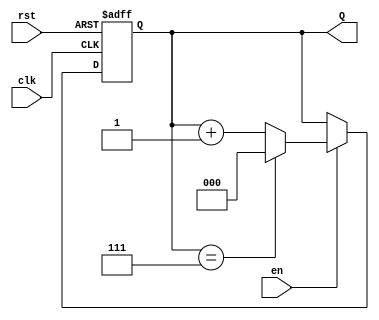
module UpCounter (
    input wire clk,       // Clock signal
    input wire en,        // Enable signal
    input wire rst,       // Asynchronous reset signal
    output reg [N-1:0] Q  // Count output (N bits)
);

// Parameter for the maximum count value
parameter MAX_COUNT = 7; // This sets the counter to be a 3-bit counter (0-7)
localparam N = $clog2(MAX_COUNT + 1); // Calculate number of bits needed

// Asynchronous reset and counter logic
always @(posedge clk or posedge rst) begin
    if (rst) begin
        Q <= 0; // Reset counter to zero
    end else if (en) begin
        if (Q == MAX_COUNT) begin
            Q <= 0; // Wrap around to zero
        end else begin
            Q <= Q + 1; // Increment counter
        end
    end
    // If 'en' is low, retain the current value of Q
end

endmodule